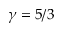
\gamma = 5 / 3